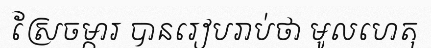
ស្រែចម្ការ បានរៀបរាប់ថា មូលហេតុ